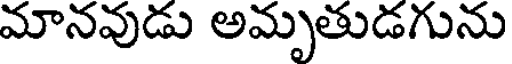
మానవుడు అమృతుడగును